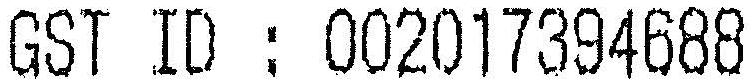
GST ID : 002017394688